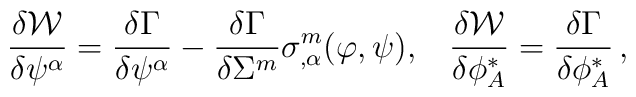
\frac{\delta{\cal W}}{\delta\psi^\alpha}= \frac{\delta\Gamma}{\delta\psi^\alpha} - \frac{\delta\Gamma}{\delta\Sigma^m}\sigma^m_{,\alpha}(\varphi,\psi),\;\;\; \frac{\delta{\cal W}}{\delta\phi^*_A}= \frac{\delta\Gamma}{\delta\phi^*_A}\,,